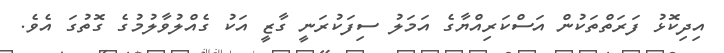
އިދިކޮޅު ފަރަތްތަކުން އަސްކަރިއްޔާގެ އަމަލު ސިފަކުރަނީ ގާޒީ އަކު ގެއްލުވާލުމުގެ ގޮތުގަ އެވެ.